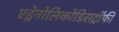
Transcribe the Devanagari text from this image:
एड्रेनोलिकोडिसट्रॉफी